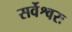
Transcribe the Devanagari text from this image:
सर्वेश्वरः